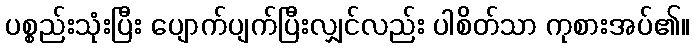
ပစ္စည်းသုံးပြီး ပျောက်ပျက်ပြီးလျှင်လည်း ပါစိတ်သာ ကုစားအပ်၏။